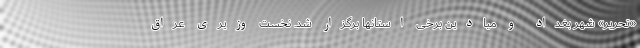
«تحریر» شهر بغداد و میادین برخی استانها برگزار شد. نخست وزیری عراق